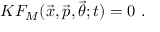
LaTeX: K F _ { M } ( { \vec { x } } , { \vec { p } } , { \vec { \theta } } ; t ) = 0 \ .